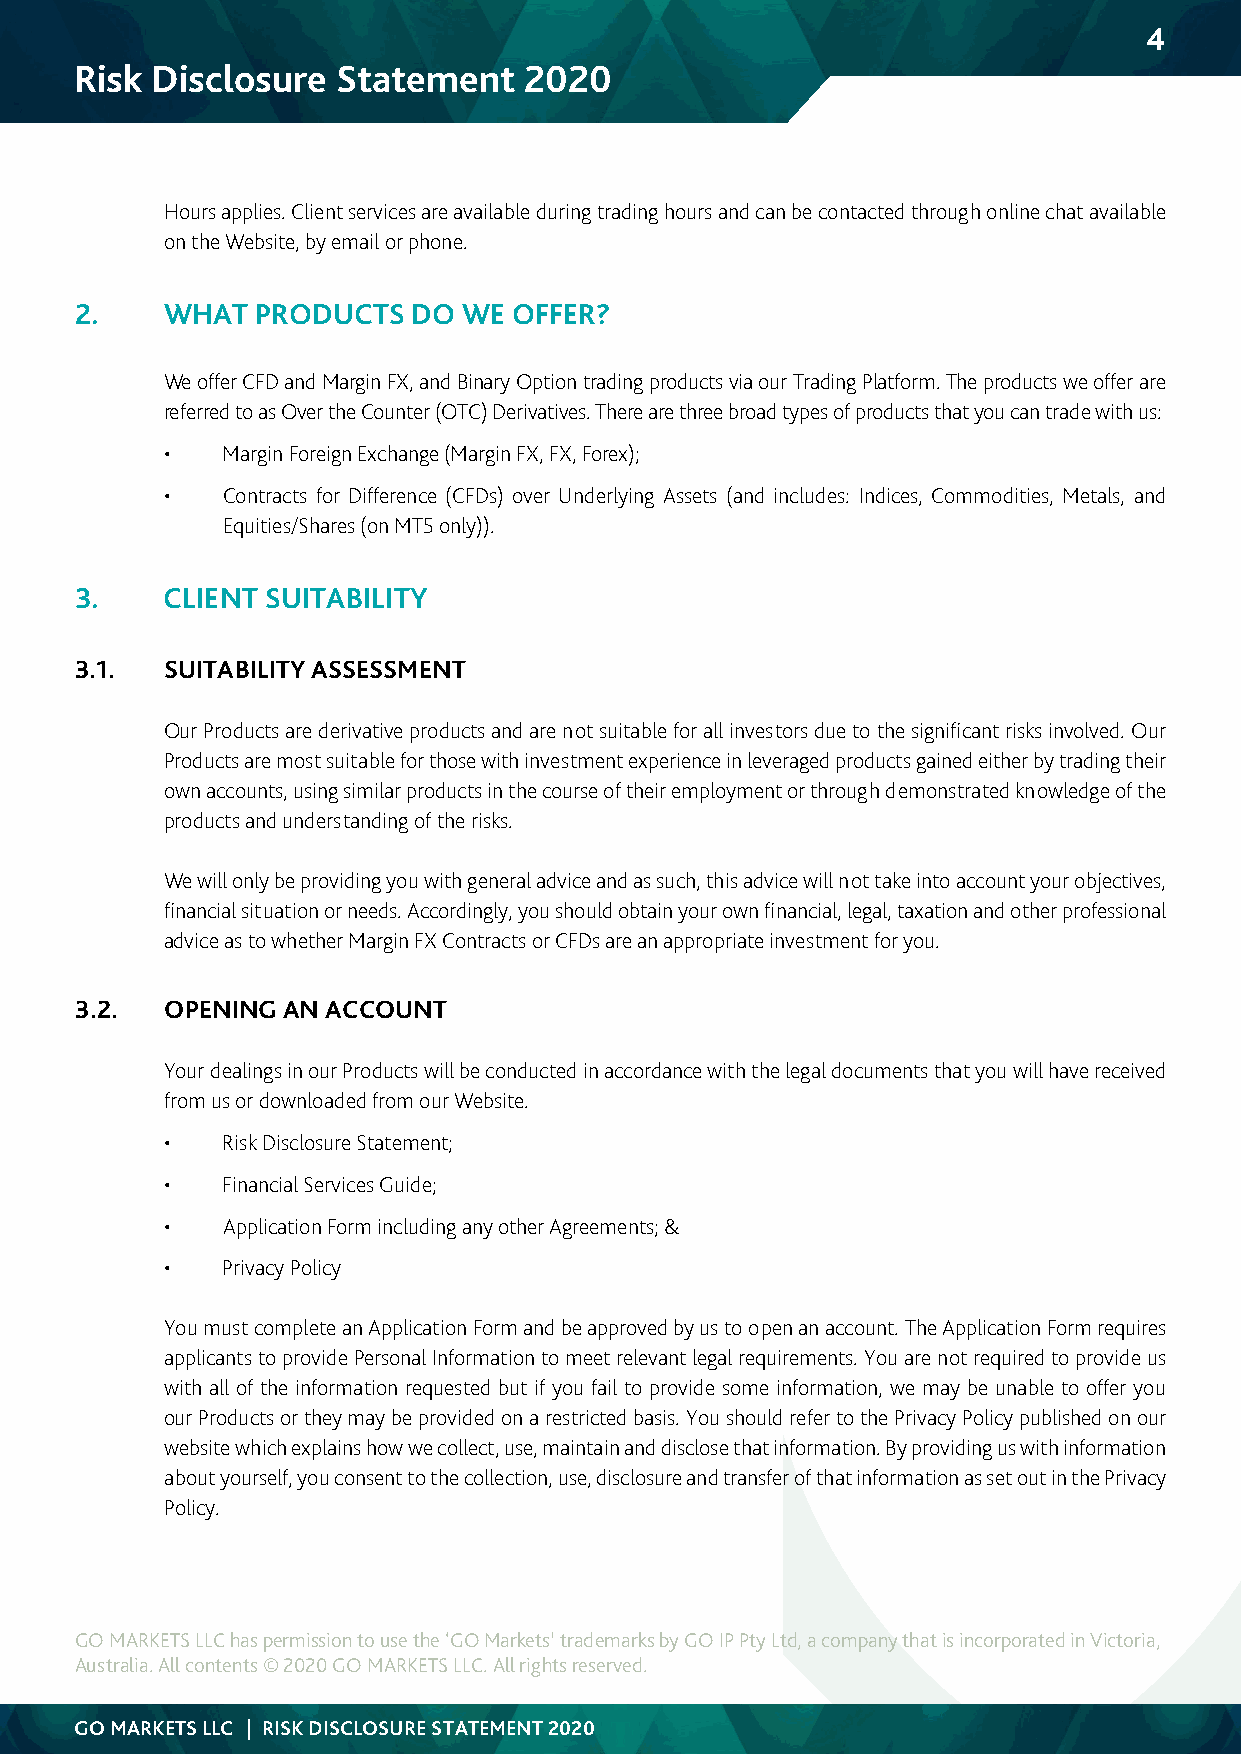
4
 Risk Disclosure  Statement    2020
 Hours applies. Client services are available during trading hours and can be contacted through online chat available
 on the Website, by email or phone.
 2.    WHAT  PRODUCTS  DO  WE OFFER?
 We offer CFD and Margin FX, and Binary Option trading products via our Trading Platform. The products we offer are
 referred to as Over the Counter (OTC) Derivatives. There are three broad types of products that you can trade with us:
 •   Margin Foreign Exchange (Margin FX, FX, Forex);
 •   Contracts for Difference (CFDs) over Underlying Assets (and includes: Indices, Commodities, Metals, and
 Equities/Shares (on MT5 only)).
 3.    CLIENT SUITABILITY
 3.1.  SUITABILITY ASSESSMENT
 Our Products are derivative products and are not suitable for all investors due to the significant risks involved. Our
 Products are most suitable for those with investment experience in leveraged products gained either by trading their
 own accounts, using similar products in the course of their employment or through demonstrated knowledge of the
 products and understanding of the risks.
 We will only be providing you with general advice and as such, this advice will not take into account your objectives,
 financial situation or needs. Accordingly, you should obtain your own financial, legal, taxation and other professional
 advice as to whether Margin FX Contracts or CFDs are an appropriate investment for you.
 3.2.  OPENING AN ACCOUNT
 Your dealings in our Products will be conducted in accordance with the legal documents that you will have received
 from us or downloaded from our Website.
 •   Risk Disclosure Statement;
 •   Financial Services Guide;
 •   Application Form including any other Agreements; &
 •   Privacy Policy
 You must complete an Application Form and be approved by us to open an account. The Application Form requires
 applicants to provide Personal Information to meet relevant legal requirements. You are not required to provide us
 with all of the information requested but if you fail to provide some information, we may be unable to offer you
 our Products or they may be provided on a restricted basis. You should refer to the Privacy Policy published on our
 website which explains how we collect, use, maintain and disclose that information. By providing us with information
 about yourself, you consent to the collection, use, disclosure and transfer of that information as set out in the Privacy
 Policy.
 GO MARKETS LLC has permission to use the ‘GO Markets’ trademarks by GO IP Pty Ltd, a company that is incorporated in Victoria,
 Australia. All contents © 2020 GO MARKETS LLC. All rights reserved.
 GO MARKETS LLC | RISK DISCLOSURE STATEMENT 2020